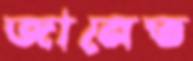
জানেত